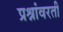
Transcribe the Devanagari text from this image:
प्रश्नांवरती